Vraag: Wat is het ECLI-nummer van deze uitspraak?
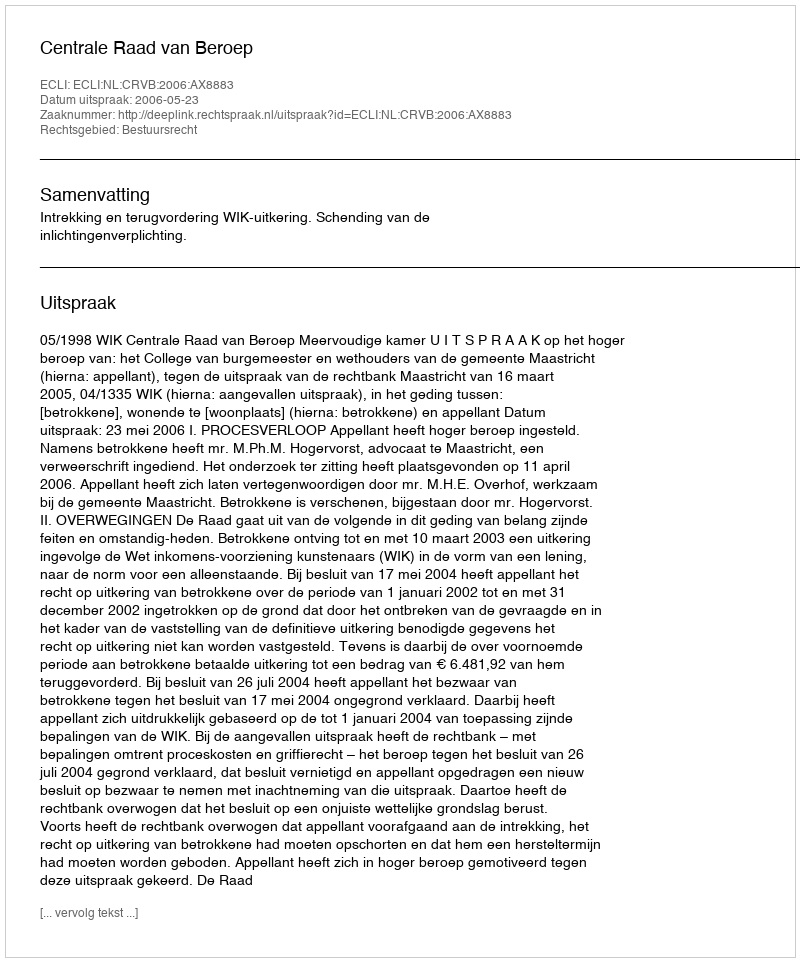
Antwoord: ECLI:NL:CRVB:2006:AX8883